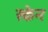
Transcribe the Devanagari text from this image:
स्‍केन